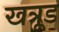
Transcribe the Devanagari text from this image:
खत्रूड